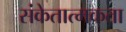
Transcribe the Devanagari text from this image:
संकेतात्मकता